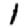
Digit: 1